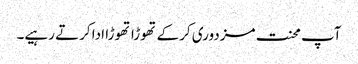
آپ محنت مزدوری کرکے تھوڑا تھوڑا ادا کرتے رہیے۔